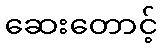
ဆေးတောင့်